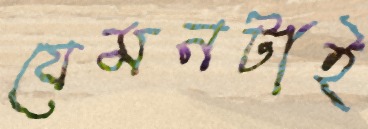
যেমনটাই